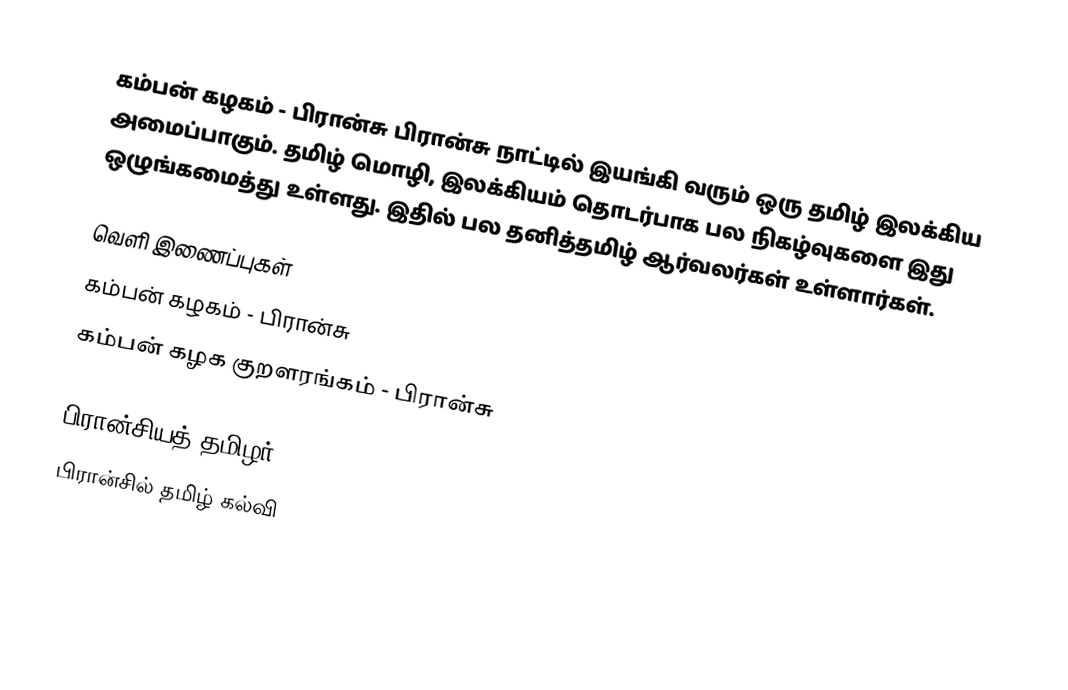
கம்பன் கழகம் - பிரான்சு பிரான்சு நாட்டில் இயங்கி வரும் ஒரு தமிழ் இலக்கிய அமைப்பாகும். தமிழ் மொழி, இலக்கியம் தொடர்பாக பல நிகழ்வுகளை இது ஒழுங்கமைத்து உள்ளது. இதில் பல தனித்தமிழ் ஆர்வலர்கள் உள்ளார்கள்.

வெளி இணைப்புகள்
 கம்பன் கழகம் - பிரான்சு
 கம்பன் கழக குறளரங்கம் - பிரான்சு

பிரான்சியத் தமிழர்
பிரான்சில் தமிழ் கல்வி